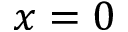
x = 0